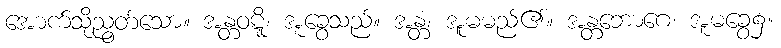
အောက်သို့ညွတ်သော။ အန္တဝဋ္ဋိ၊ အူခွေသည်။ အန္တံ၊ အူမမည်၏။ အန္တဘောဂေ၊ အူမခွေ၌။